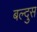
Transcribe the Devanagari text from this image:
बल्दुस